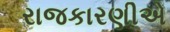
રાજકારણીએ